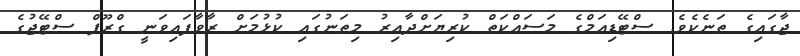
ޖާގައިގެ ތަނެކެވެ. ސްޓޭޑިއަމްގެ މަސައްކަތް ކުރިޔަށްދާއިރު މިތަނުގައި ކުޅުމަށް ރާވާފައިވަނީ ގްރޫޕް ސްޓޭޖުގެ